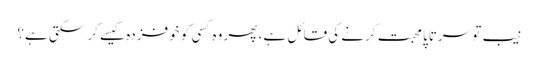
نیب تو سرتاپا محبت کرنے کی قائل ہے، پھر وہ کسی کو خوفزدہ کیسے کر سکتی ہے؟